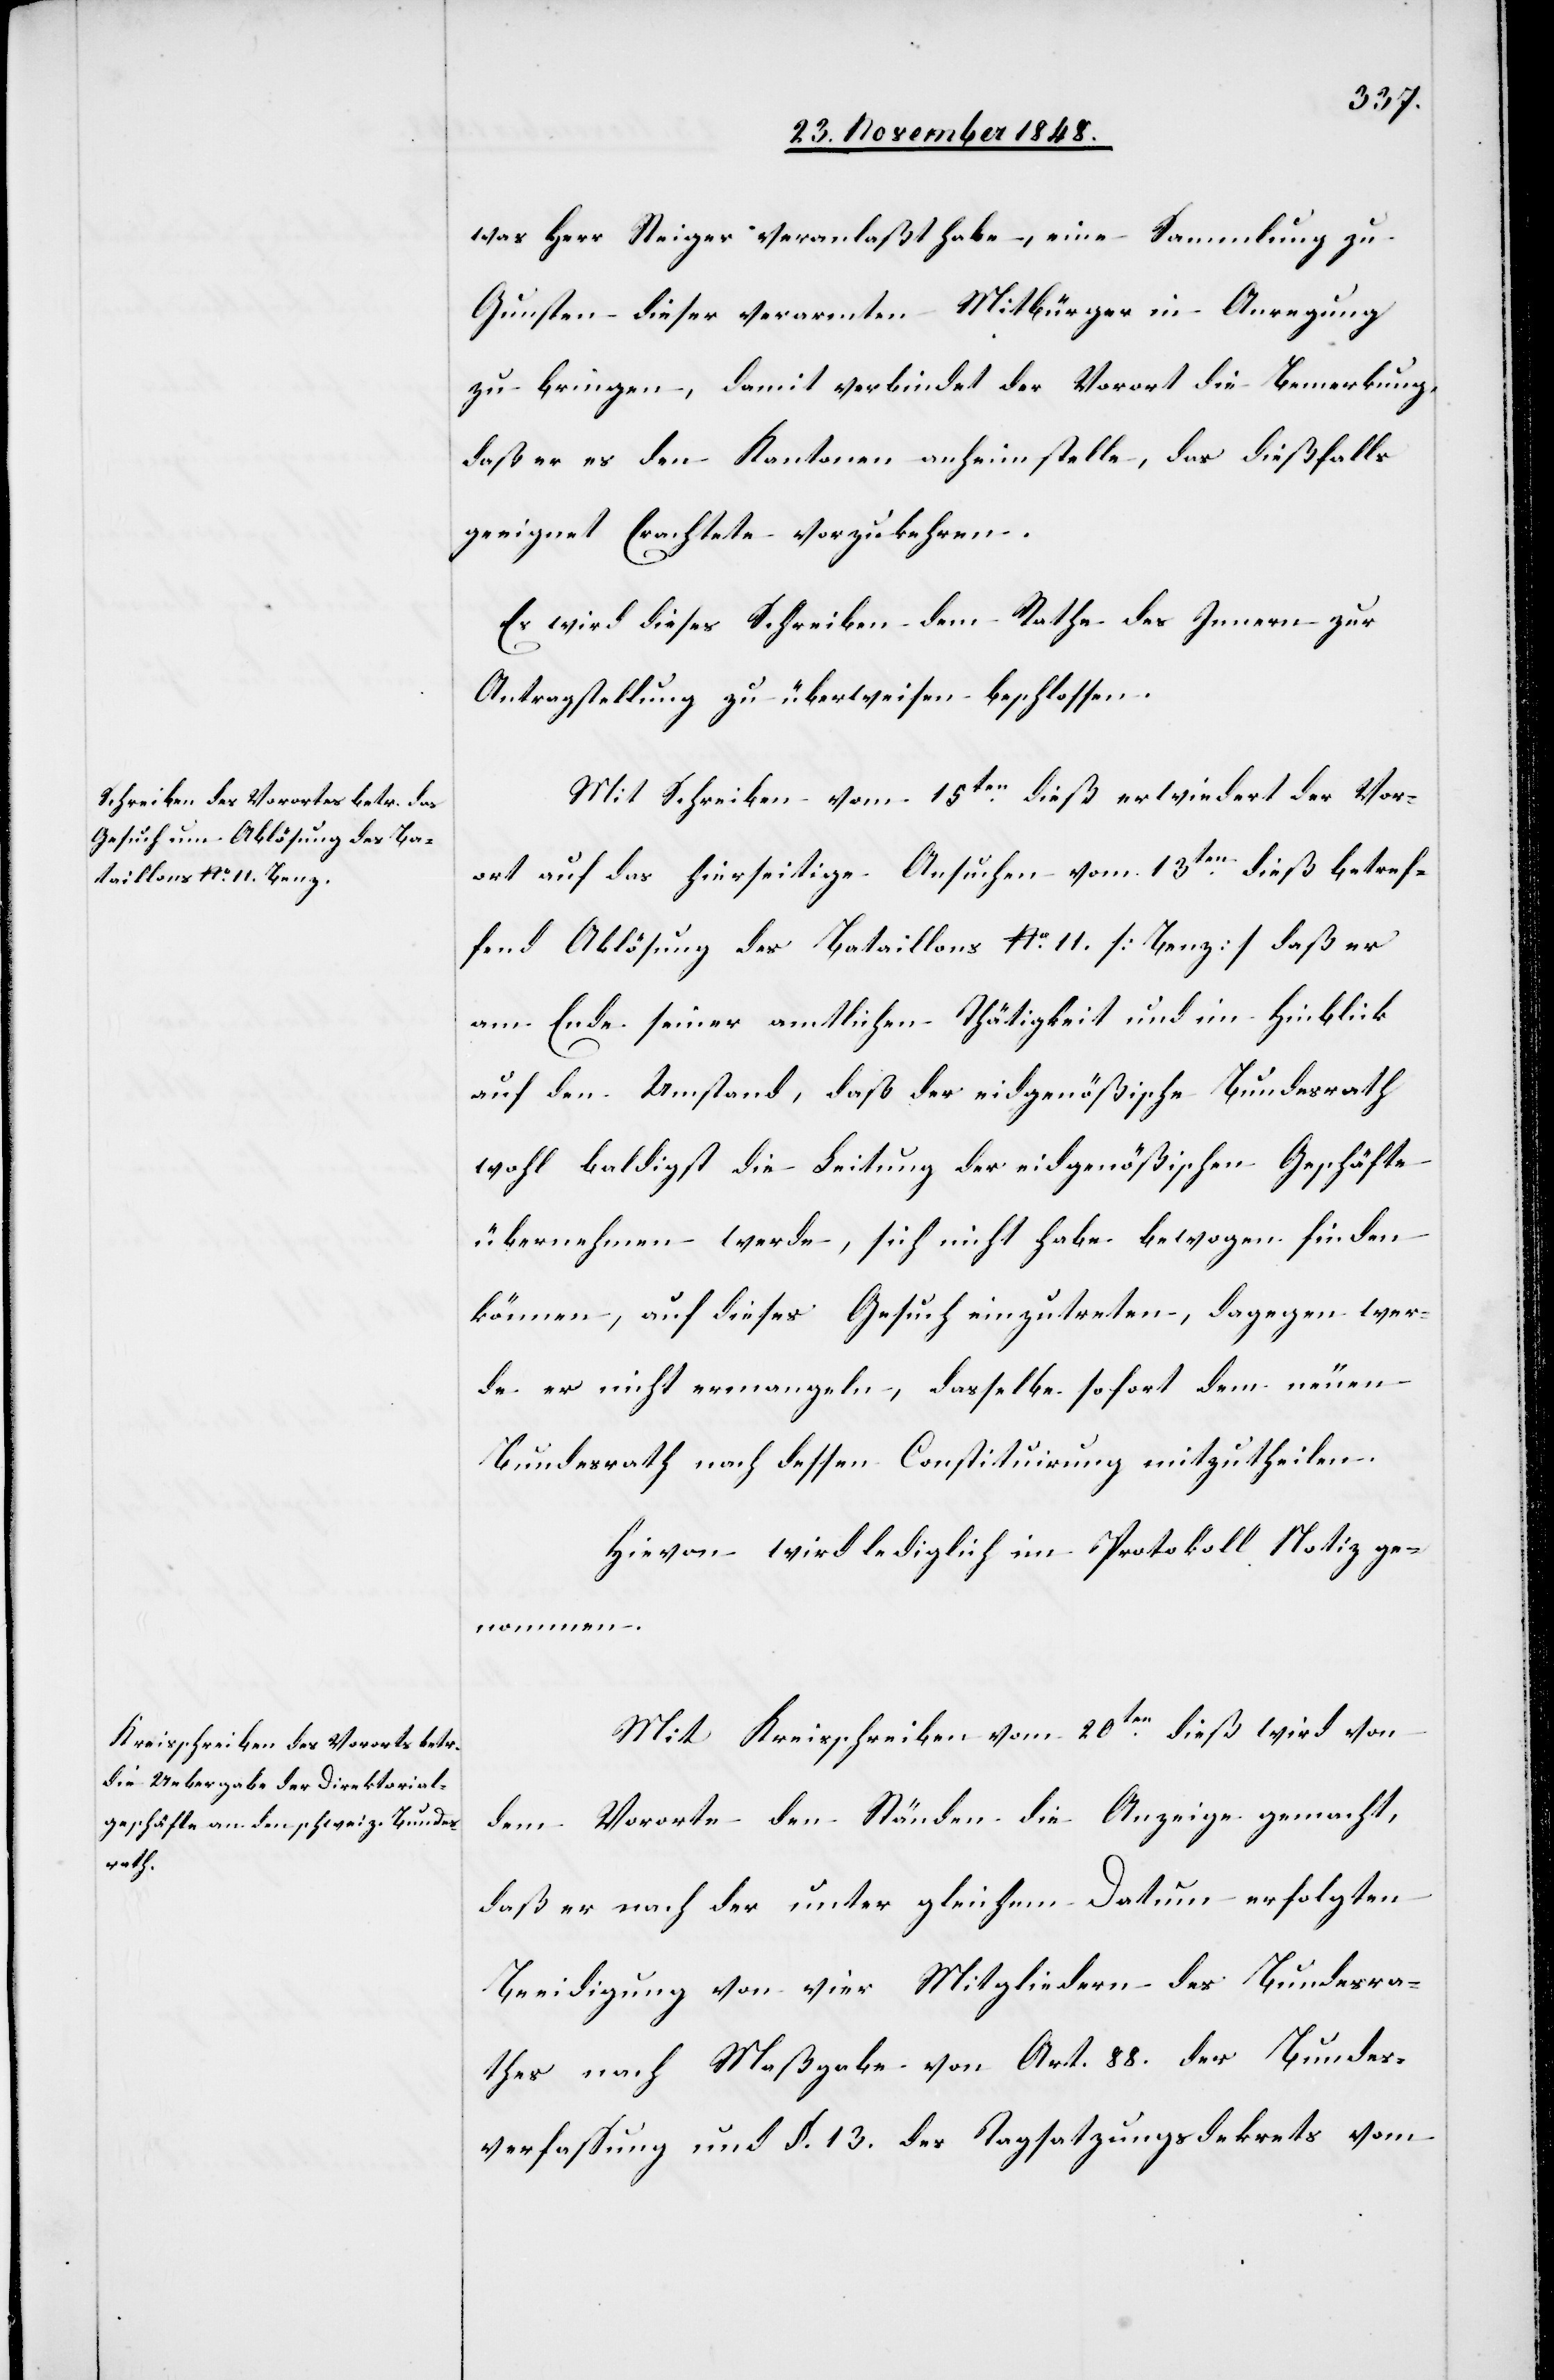
was Herr Steiger veranlaßt habe, eine Sammlung zu
Gunsten dieser verarmten Mitbürger in Anregung
zu bringen, damit verbindet der Vorort die Bemerkung,
daß er es den Kantonen anheimstelle, das diesfalls
geeignet Erachtete vorzukehren.
Es wird dieses Schreiben dem Rathe des Innern zur
Antragstellung zu überweisen beschlossen.
Mit Schreiben vom 15ten dieß erwiedert der Vor¬
ort auf das hierseitige Ansuchen vom 13ten dieß betref¬
fend Ablösung des Bataillons No 11. [Benz] daß er
am Ende seiner amtlichen Thätigkeit und im Hinblick
auf den Umstand, daß der eidgenößische Bundesrath
wohl baldigst die Leitung der eidgenößischen Geschäfte
übernehmen werde, sich nicht habe bewogen finden
können, auf dieses Gesuch einzutreten, dagegen wer¬
de er nicht ermangeln, dasselbe sofort dem neuen
Bundesrath nach dessen Constituirung mitzutheilen.
Hievon wird lediglich im Protokoll Notiz gen¬
ommen.
Mit Kreisschreiben vom 20ten dieß wird von
dem Vororte den Ständen die Anzeige gemacht,
daß er nach der unter gleichem Datum erfolgten
Beeidigung von vier Mitgliedern des Bundesra¬
thes nach Maßgabe von Art. 88. der Bundes¬
verfaßung und §. 13. des Tagsatzungsdekrets vom